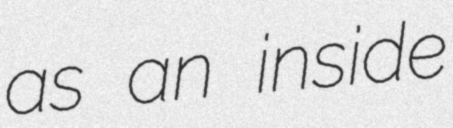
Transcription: as an inside